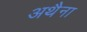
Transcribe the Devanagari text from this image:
अथैना